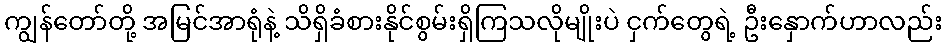
ကျွန်တော်တို့ အမြင်အာရုံနဲ့ သိရှိခံစားနိုင်စွမ်းရှိကြသလိုမျိုးပဲ ငှက်တွေရဲ့ ဦးနှောက်ဟာလည်း